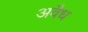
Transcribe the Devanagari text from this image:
अवैध